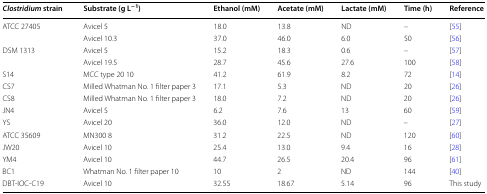
| Clostridium strain | Substrate (g L−1) | Ethanol (mM) | Acetate (mM) | Lactate (mM) | Time (h) | Reference |
 | --- | --- | --- | --- | --- | --- | --- |
 | <ROWSPAN=2> ATCC 27405 | Avicel 5 | 18.0 | 13.8 | ND | – | [55] |
 | Avicel 10.3 | 37.0 | 46.0 | 6.0 | 50 | [56] |
 | <ROWSPAN=2> DSM 1313 | Avicel 5 | 15.2 | 18.3 | 0.6 | – | [57] |
 | Avicel 19.5 | 28.7 | 45.6 | 27.6 | 100 | [58] |
 | S14 | MCC type 20 10 | 41.2 | 61.9 | 8.2 | 72 | [14] |
 | CS7 | Milled Whatman No. 1 filter paper 3 | 17.1 | 5.3 | ND | 20 | [26] |
 | CS8 | Milled Whatman No. 1 filter paper 3 | 18.0 | 7.2 | ND | 20 | [26] |
 | JN4 | Avicel 5 | 6.2 | 7.6 | 13 | 60 | [59] |
 | YS | Avicel 20 | 36.0 | 12.0 | ND | – | [27] |
 | ATCC 35609 | MN300 8 | 31.2 | 22.5 | ND | 120 | [60] |
 | JW20 | Avicel 10 | 25.4 | 13.0 | 9.4 | 16 | [28] |
 | YM4 | Avicel 10 | 44.7 | 26.5 | 20.4 | 96 | [61] |
 | BC1 | Whatman No. 1 filter paper 10 | 10 | 2 | ND | 144 | [40] |
 | DBT-IOC-C19 | Avicel 10 | 32.55 | 18.67 | 5.14 | 96 | This study |